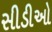
સીડીઓ